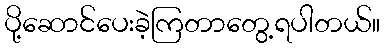
ပို့ဆောင်ပေးခဲ့ကြတာတွေ့ရပါတယ်။